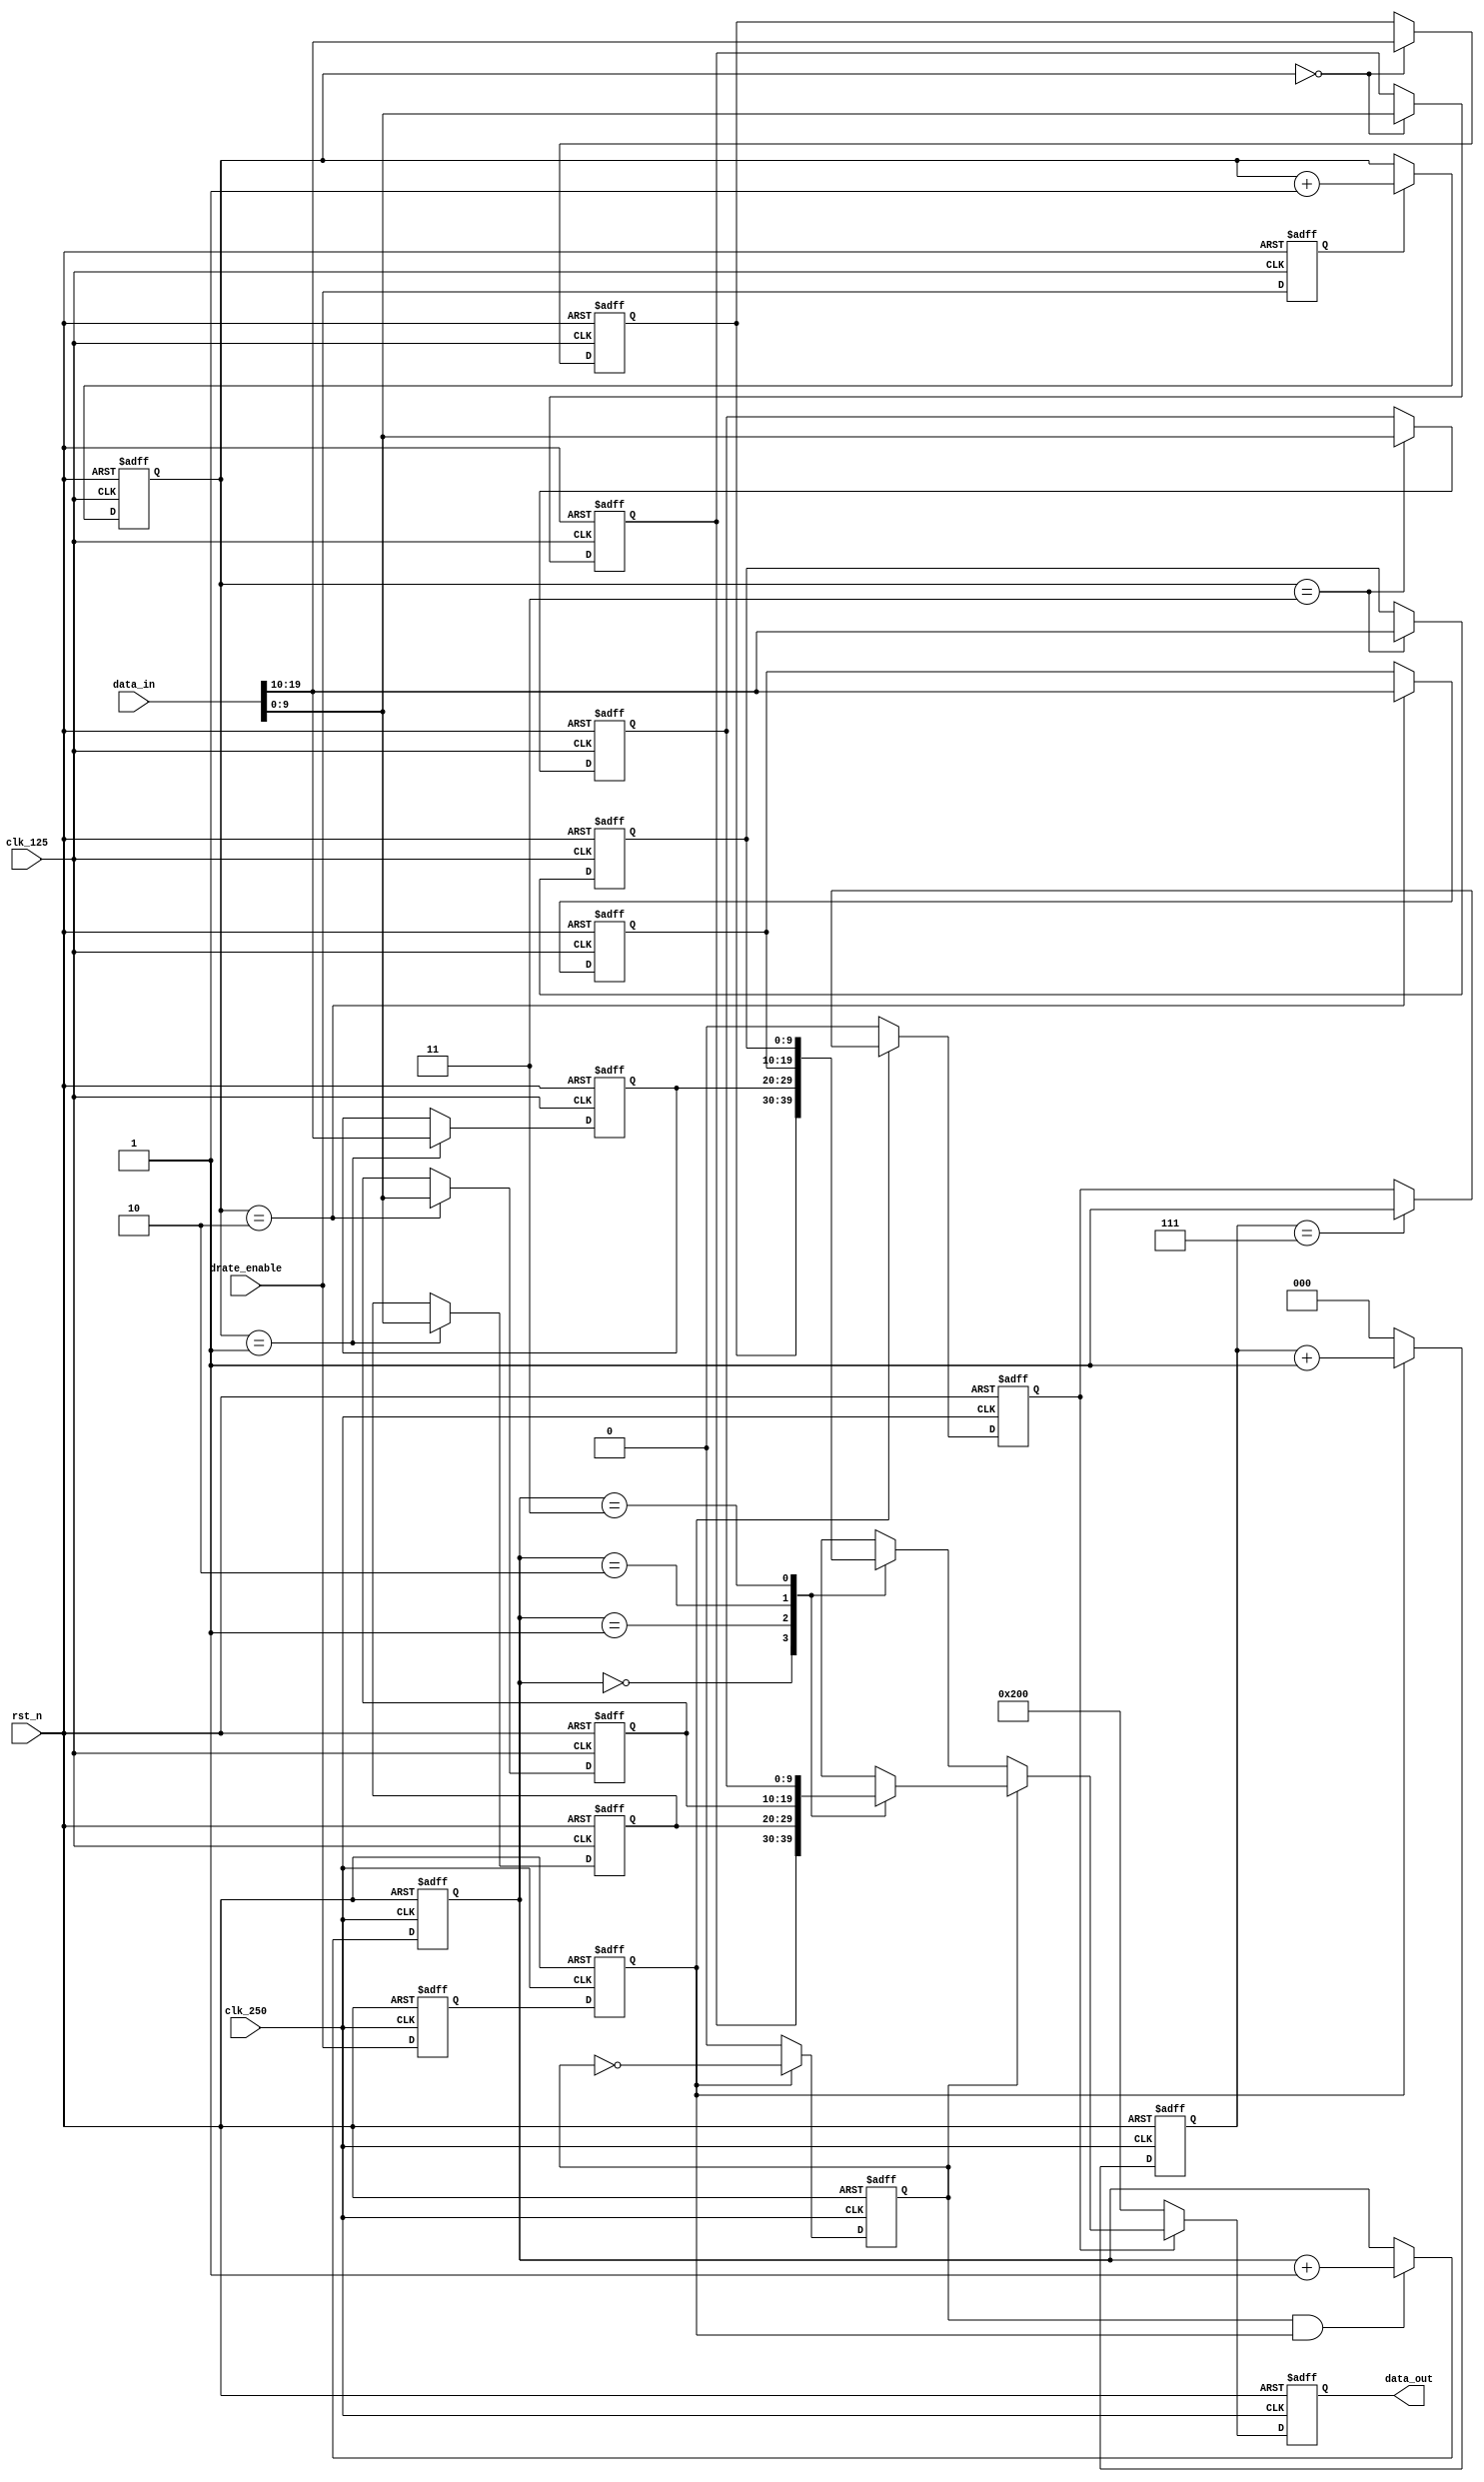
// =============================================================================
//                           COPYRIGHT NOTICE
// Copyright 2000-2002 (c) Lattice Semiconductor Corporation
// ALL RIGHTS RESERVED
// This confidential and proprietary software may be used only as authorised by
// a licensing agreement from Lattice Semiconductor Corporation.
// The entire notice above must be reproduced on all authorized copies and
// copies may only be made to the extent permitted by a licensing agreement from
// Lattice Semiconductor Corporation.
//
// Lattice Semiconductor Corporation        TEL : 1-800-Lattice (USA and Canada)
// 5555 NE Moore Court                            408-826-6000 (other locations)
// Hillsboro, OR 97124                     web  : http://www.latticesemi.com/
// U.S.A                                   email: techsupport@latticesemi.com
// =============================================================================
//                         FILE DETAILS         
// Project          : PCI_EXP_X1_11 
// Title            : 
// Dependencies     : 
// Description      :  Rate conversion bridge for Tx path. 
// =============================================================================
//                        REVISION HISTORY
// Version          : 1.0
// Author(s)        :
// Mod. Date        : Jan 26, 2006
// Changes Made     : Initial Creation
// =============================================================================
`timescale 1 ns / 1 ps

module tx_gear #(
                parameter GWIDTH = 20
                ) 
   (
   input wire                clk_125 ,    // 125 Mhz clock.
   input wire                clk_250 ,    // 250 Mhz clock.
   input wire                rst_n ,      // asynchronous system reset.

   input wire                drate_enable,  //Enable for Counters
   input wire [GWIDTH-1:0]   data_in ,    // Data In

   output reg [GWIDTH/2-1:0] data_out     // Data Out
   );
// =============================================================================

reg [1:0]                 wr_pntr;    // Write Pointer
reg [1:0]                 rd_pntr;    // Read Pointer
reg                       rd_en;      // Read Pointer Enable

wire [GWIDTH/2-1:0]       rd_data0;   // Read Data
wire [GWIDTH/2-1:0]       rd_data1;   // Read Data

integer                   i;
integer                   j;

// RAM's : Expected to inferred as distributed ram
reg [GWIDTH/2-1:0]        rf_0[0:3] ;
reg [GWIDTH/2-1:0]        rf_1[0:3] ;

reg                       drate_f0 /* synthesis syn_srlstyle="registers" */;
reg                       drate_f1 /* synthesis syn_srlstyle="registers" */;
reg                       drate_s0;

reg                       rd_enable;
reg[2:0]                  rd_cnt;

//synchronize drate_enable to 250mhz clock
always @(posedge clk_250, negedge rst_n) begin 
   if (!rst_n) begin
      drate_f0 <= 1'b0;
      drate_f1 <= 1'b0;
   end
   else begin
      drate_f0 <= drate_enable;
      drate_f1 <= drate_f0;
   end
end

// delay drate_enable by a 125mhz clock 
// to adjust synchronizer delay
always @(posedge clk_125, negedge rst_n) begin 
   if (!rst_n)
      drate_s0 <= 1'b0;
   else 
      drate_s0 <= drate_enable;
end

// =============================================================================
// Write 8 bits each into different memories out of incomming 
// 16 bits data at 125 Mhz.
// Read 8 bits of data, alternatively from each memory at 250 Mhz.
// =============================================================================

// Write Pointer
always @(posedge clk_125, negedge rst_n) begin 
   if (!rst_n)
      wr_pntr <= 2'b00;
   else if(drate_s0)
      wr_pntr <= wr_pntr + 2'b01;
   else
      wr_pntr <= wr_pntr;
end

// Read Pointer Enable for half-rate 
always @(posedge clk_250, negedge rst_n) begin 
   if (!rst_n)
      rd_en <= 1'b0;
   else if(~drate_f1)
      rd_en <= 1'b0;
   else
      rd_en <= ~rd_en;
end

// Read Pointer
always @(posedge clk_250, negedge rst_n) begin 
   if (!rst_n)
      rd_pntr <= 2'b10;
   else if (rd_en & drate_f1)
      rd_pntr <= rd_pntr + 2'b01;
end

// Output Data Select
always @(posedge clk_250, negedge rst_n) begin 
   if (!rst_n)
      data_out <= 0;
   else begin
      if(rd_enable) 
         data_out <= rd_en ? rd_data0 : rd_data1;
      else
         data_out <= 10'b1000000000; // Bit 9 is TxElecIdle
   end
end

// =============================================================================


always @(posedge clk_125, negedge rst_n) begin 
   if (!rst_n)
      for (i=0;i<=3;i=i+1) 
         rf_0[i] <= 0;
   else 
      rf_0[wr_pntr] <= data_in[GWIDTH/2-1:0] ;
end
assign rd_data0 = rf_0[rd_pntr] ;

always @(posedge clk_125, negedge rst_n) begin 
   if (!rst_n)
      for (j=0;j<=3;j=j+1) 
         rf_1[j] <= 0;
   else 
      rf_1[wr_pntr] <= data_in[GWIDTH-1:GWIDTH/2] ;
end
assign rd_data1 = rf_1[rd_pntr] ;

// =============================================================================
// Avoid RESET data from Dist. Memory
// Take Read data after Writing, until then EI is HIGH
// Wait for 8 (250 Mhz) clks after enable
// =============================================================================
always @(posedge clk_250, negedge rst_n) begin 
   if (!rst_n) begin
      rd_cnt    <= 3'b000;
      rd_enable <= 1'b0;
   end
   else begin
      if(drate_f1)
         rd_cnt <= rd_cnt + 3'b001;
      else
         rd_cnt <= 3'b000;

      if(~drate_f1)
         rd_enable <= 1'b0;
      else if(rd_cnt == 3'b111) 
         rd_enable <= 1'b1;
   end
end

endmodule